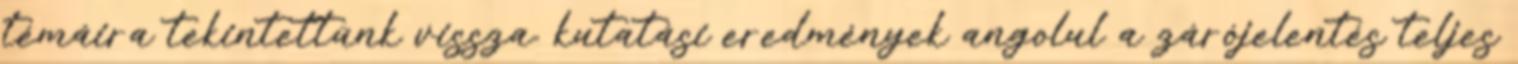
témáira tekintettünk vissza. kutatási eredmények angolul a zárójelentés teljes